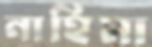
নাহিমা